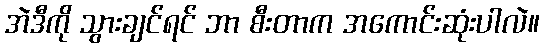
အဲဒီကို သွားချင်ရင် ဘာ စီးတာက အကောင်းဆုံးပါလဲ။